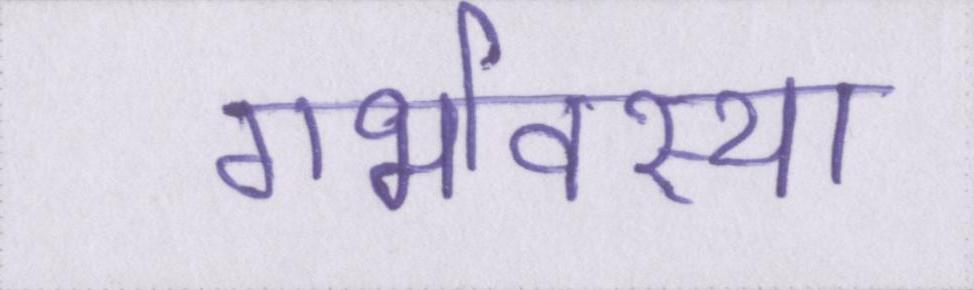
गर्भावस्था